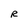
Character: R